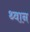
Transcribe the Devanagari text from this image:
थ्वान